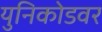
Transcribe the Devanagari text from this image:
युनिकोडवर